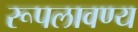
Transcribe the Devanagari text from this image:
रूपलावण्य